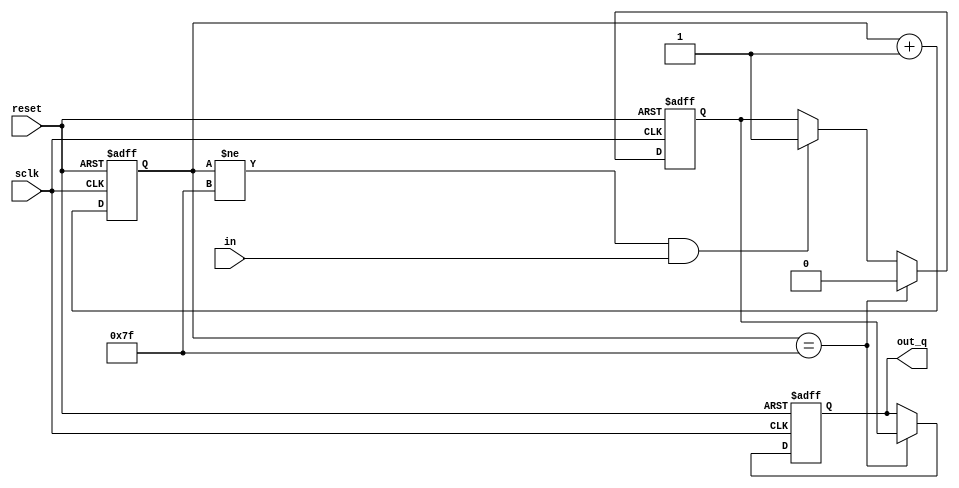
//filter status_0
//it detects eclk using sclk.                                  
//due to clock jitter, it can bounce back and forth.
//the back and forth can potentially confuse the state machine 
//in pll_control.v
//a filter here should remove jitter induced noise.            

//it is basically a up/down counter                            
//start at 0
//if 1, count up
//if 0, count down
//if count to pre-defined value (15), send out 1.
//once is 1, stay 1 till count down to 0
//once 0, stay there till count up to 15
//this large 15 gap should avoid the jitter region completely.

//11/09/2010, resolve a weakness in jitter filter
//the filter output goes to 0 too quickly in jitter region
//this makes the filter very sensitive to the distribution of jitter.
//needs to count 128 cycles (half of each rotation and wait operation)
//if any 1, stay at 1.
//if all 0, goes to 0.
//this way status will never go to 0 unless it is 100% out of jitter region.
module jitter_filter(reset, in,sclk,out_q);
input     reset;
input     in;
input     sclk;
output    out_q;
   reg [6:0] counter;
   reg 	     any1;

reg       out_q;



always @(posedge sclk or posedge reset) begin
   if(reset) begin
	 counter<=7'h00;
	 any1<=1'b0;	 
      out_q<=0;
   end

   else begin


	 //counter continues to roll over per 128 cycles.
          counter<=counter+1;
	 //0-126, check if any 1's
	 //127, latch results and start over again.
	 if(counter!=127 && in==1) any1<=1'b1;
	 if(counter==127) begin
	    out_q<=any1;
	    any1<=1'b0;
	 end

  end

end
   
endmodule